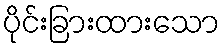
ပိုင်းခြားထားသော